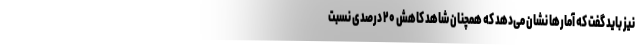
نیز باید گفت که آمارها نشان می‌دهد که همچنان شاهد کاهش ۲۰ درصدی نسبت